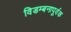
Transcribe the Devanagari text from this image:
विडम्बनापूर्वक